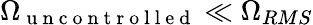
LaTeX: \Omega_{\mathrm{~u~n~c~o~n~t~r~o~l~l~e~d~}}\ll\Omega_{RMS}